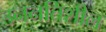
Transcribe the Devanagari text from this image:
उननतिशील